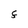
Character: F